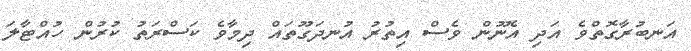
އަނބުރާގޮތްވެ އަދި އެނޫން ވެސް އިތުރު އުނދަގޫތައް ދިމާވެ ކަސްރަތު ކުރުން ހުއްޓާލަ